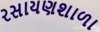
રસાયણશાળા